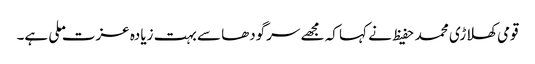
قومی کھلاڑی محمد حفیظ نے کہا کہ مجھے سرگودھا سے بہت زیادہ عزت ملی ہے۔